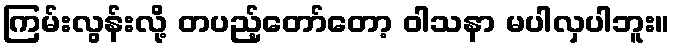
ကြမ်းလွန်းလို့ တပည့်တော်တော့ ဝါသနာ မပါလှပါဘူး။